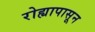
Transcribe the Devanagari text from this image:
रोह्यापासून